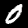
Digit: 0